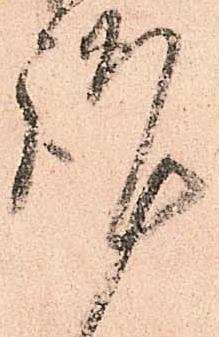
謹